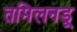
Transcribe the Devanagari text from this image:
तमिलनडू